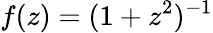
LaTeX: f(z)=(1+z^{2})^{-1}